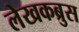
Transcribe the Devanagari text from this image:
लेखकब्रुस